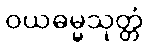
ဝယဓမ္မသုတ္တံ